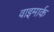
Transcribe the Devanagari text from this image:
वाइमार्क